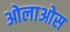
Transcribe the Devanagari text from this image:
ओलाओस